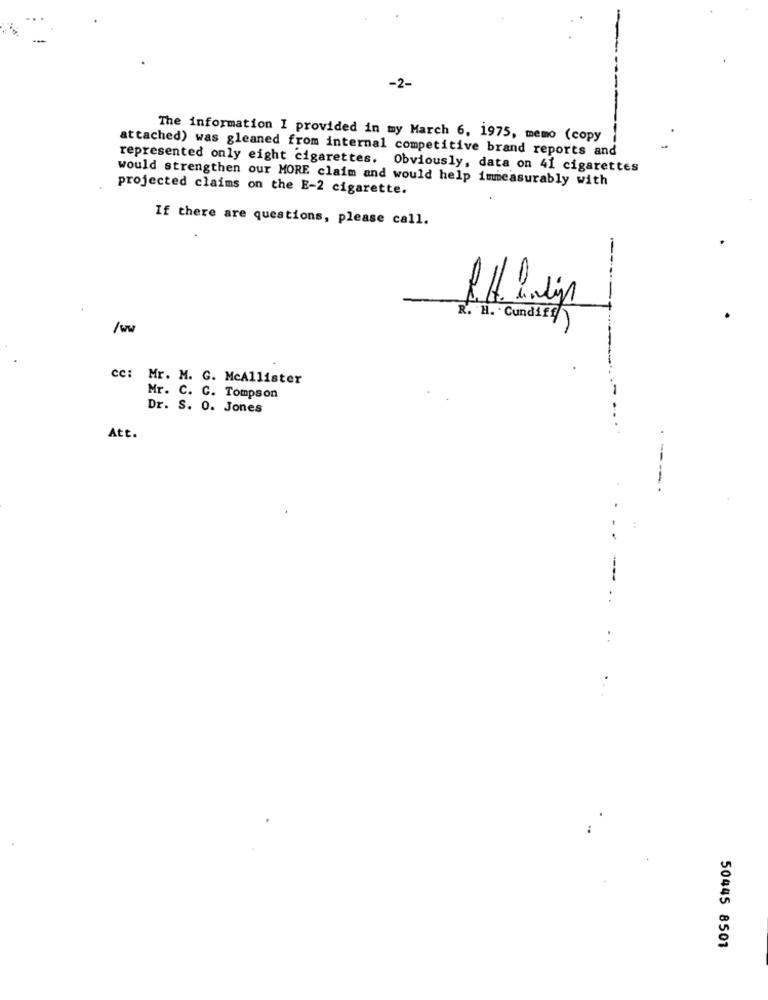
-2-
The information I provided in my March 6, 1975, memo (copy
attached) was gleaned from internal competitive brand reports and
represented only eight cigarettes. Obviously, data on 41 cigarettes
would strengthen our MORE claim and would help immeasurably with
projected claims on the E-2 cigarette.
If there are questions, please call.
-
R. H. Cundiff ]
cc: Mr. M. G. McAllister
Mr. C. C. Tompson
Dr. S. 0. Jones
Att.
----
50445 8501